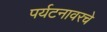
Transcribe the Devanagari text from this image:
पर्यटनावरचे